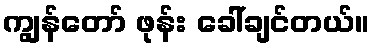
ကျွန်တော် ဖုန်း ခေါ်ချင်တယ်။